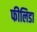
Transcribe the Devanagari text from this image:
फीलिडा